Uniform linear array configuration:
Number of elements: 24
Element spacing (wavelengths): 0.5
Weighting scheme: exponential
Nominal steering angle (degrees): -60
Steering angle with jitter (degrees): -61.384
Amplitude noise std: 0.05
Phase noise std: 0.05

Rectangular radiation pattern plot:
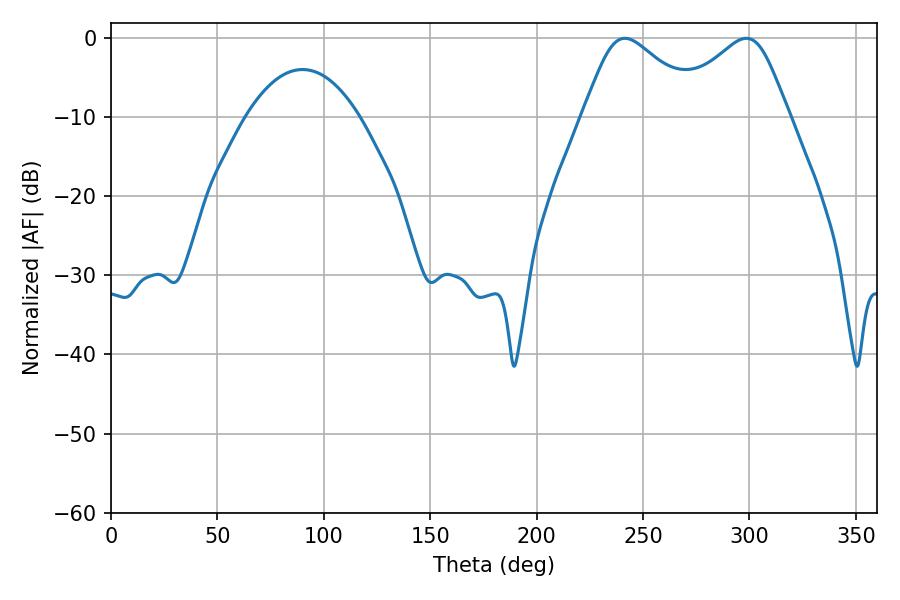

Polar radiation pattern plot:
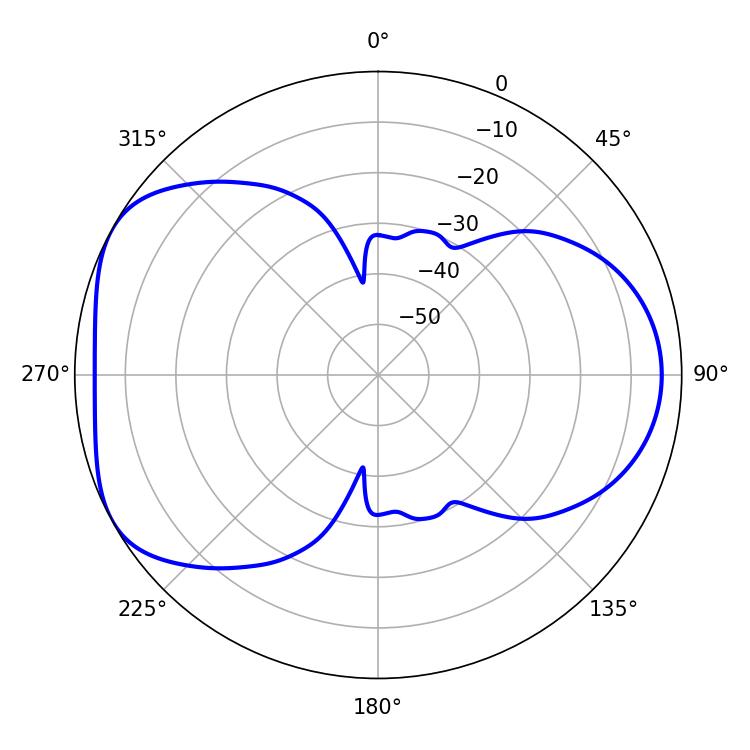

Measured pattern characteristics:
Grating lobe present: FALSE
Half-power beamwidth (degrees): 28.08
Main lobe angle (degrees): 241.38